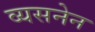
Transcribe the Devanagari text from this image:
व्यसनेन